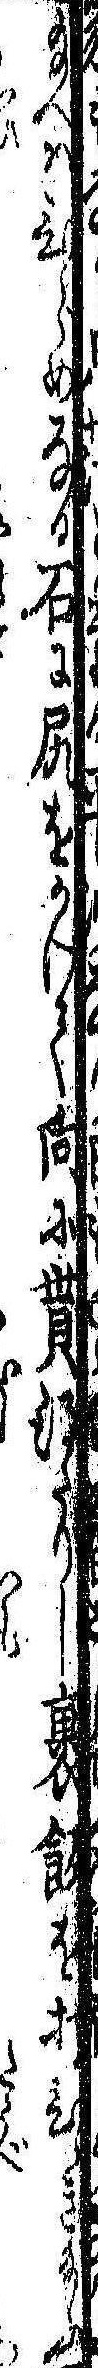
給へはひらめなる石に尻をかけて向に貰得たりし裹飯を打ひらき給ふ